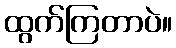
ထွက်ကြတာပဲ။